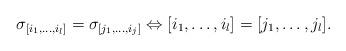
LaTeX: \begin{align*}\sigma_{[i_1,\ldots,i_l]}=\sigma_{[j_1,\ldots,i_j]}\Leftrightarrow [i_1,\ldots,i_l]=[j_1,\ldots,j_l].\end{align*}